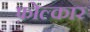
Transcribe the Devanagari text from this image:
फ़ोल्कार